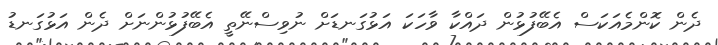
ދެން ކޮންމެއަކަސް އެބޭފުޅުން ދައްކާ ވާހަކަ އަޅުގަނޑަށް ނުވިސްނޭތީ އެބޭފުޅުންނަށް ދެން އަޅުގަނޑު